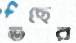
তছের